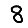
Digit: 8